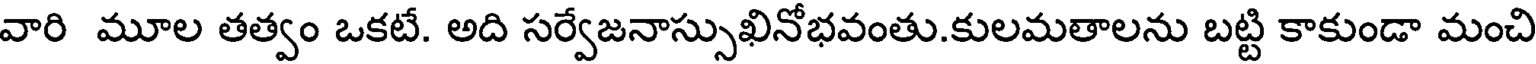
వారి మూల తత్వం ఒకటే. అది సర్వేజనాస్సుఖినోభవంతు.కులమతాలను బట్టి కాకుండా మంచి